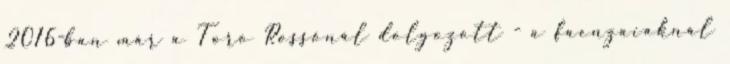
2016-ban már a Toro Rossónál dolgozott - a faenzaiaknál